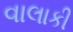
વાલાકી